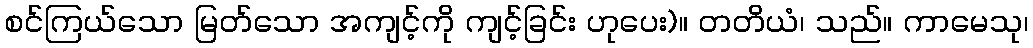
စင်ကြယ်သော မြတ်သော အကျင့်ကို ကျင့်ခြင်း ဟုပေး)။ တတိယံ၊ သည်။ ကာမေသု၊